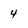
Character: 4